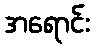
အရောင်း